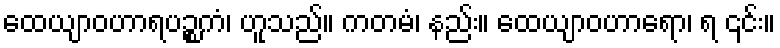
ထေယျာဝဟာရပဉ္စကံ၊ ဟူသည်။ ကတမံ၊ နည်း။ ထေယျာဝဟာရော၊ ရ ၎င်း။